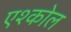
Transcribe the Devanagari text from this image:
एश्कोल